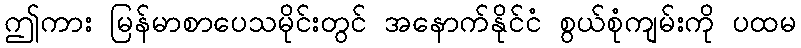
ဤကား မြန်မာစာပေသမိုင်းတွင် အနောက်နိုင်ငံ စွယ်စုံကျမ်းကို ပထမ